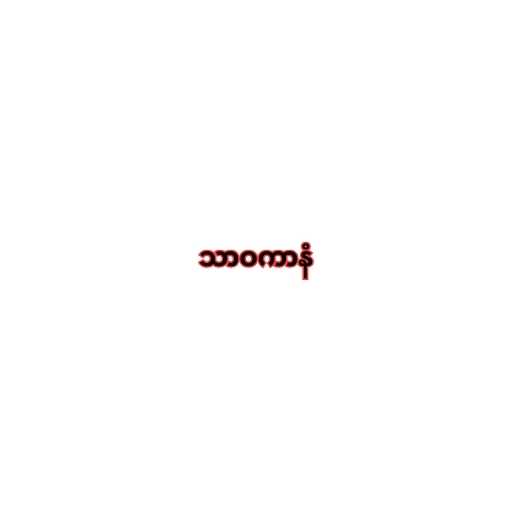
သာဝကာနံ